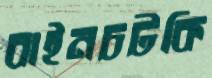
বাইনচটকি